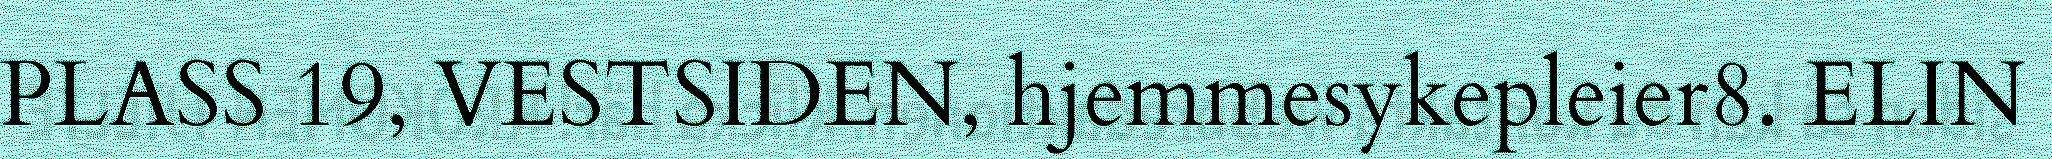
PLASS 19, VESTSIDEN, hjemmesykepleier8. ELIN